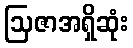
ဩဇာအရှိဆုံး